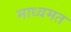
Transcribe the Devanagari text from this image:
माध्वमत